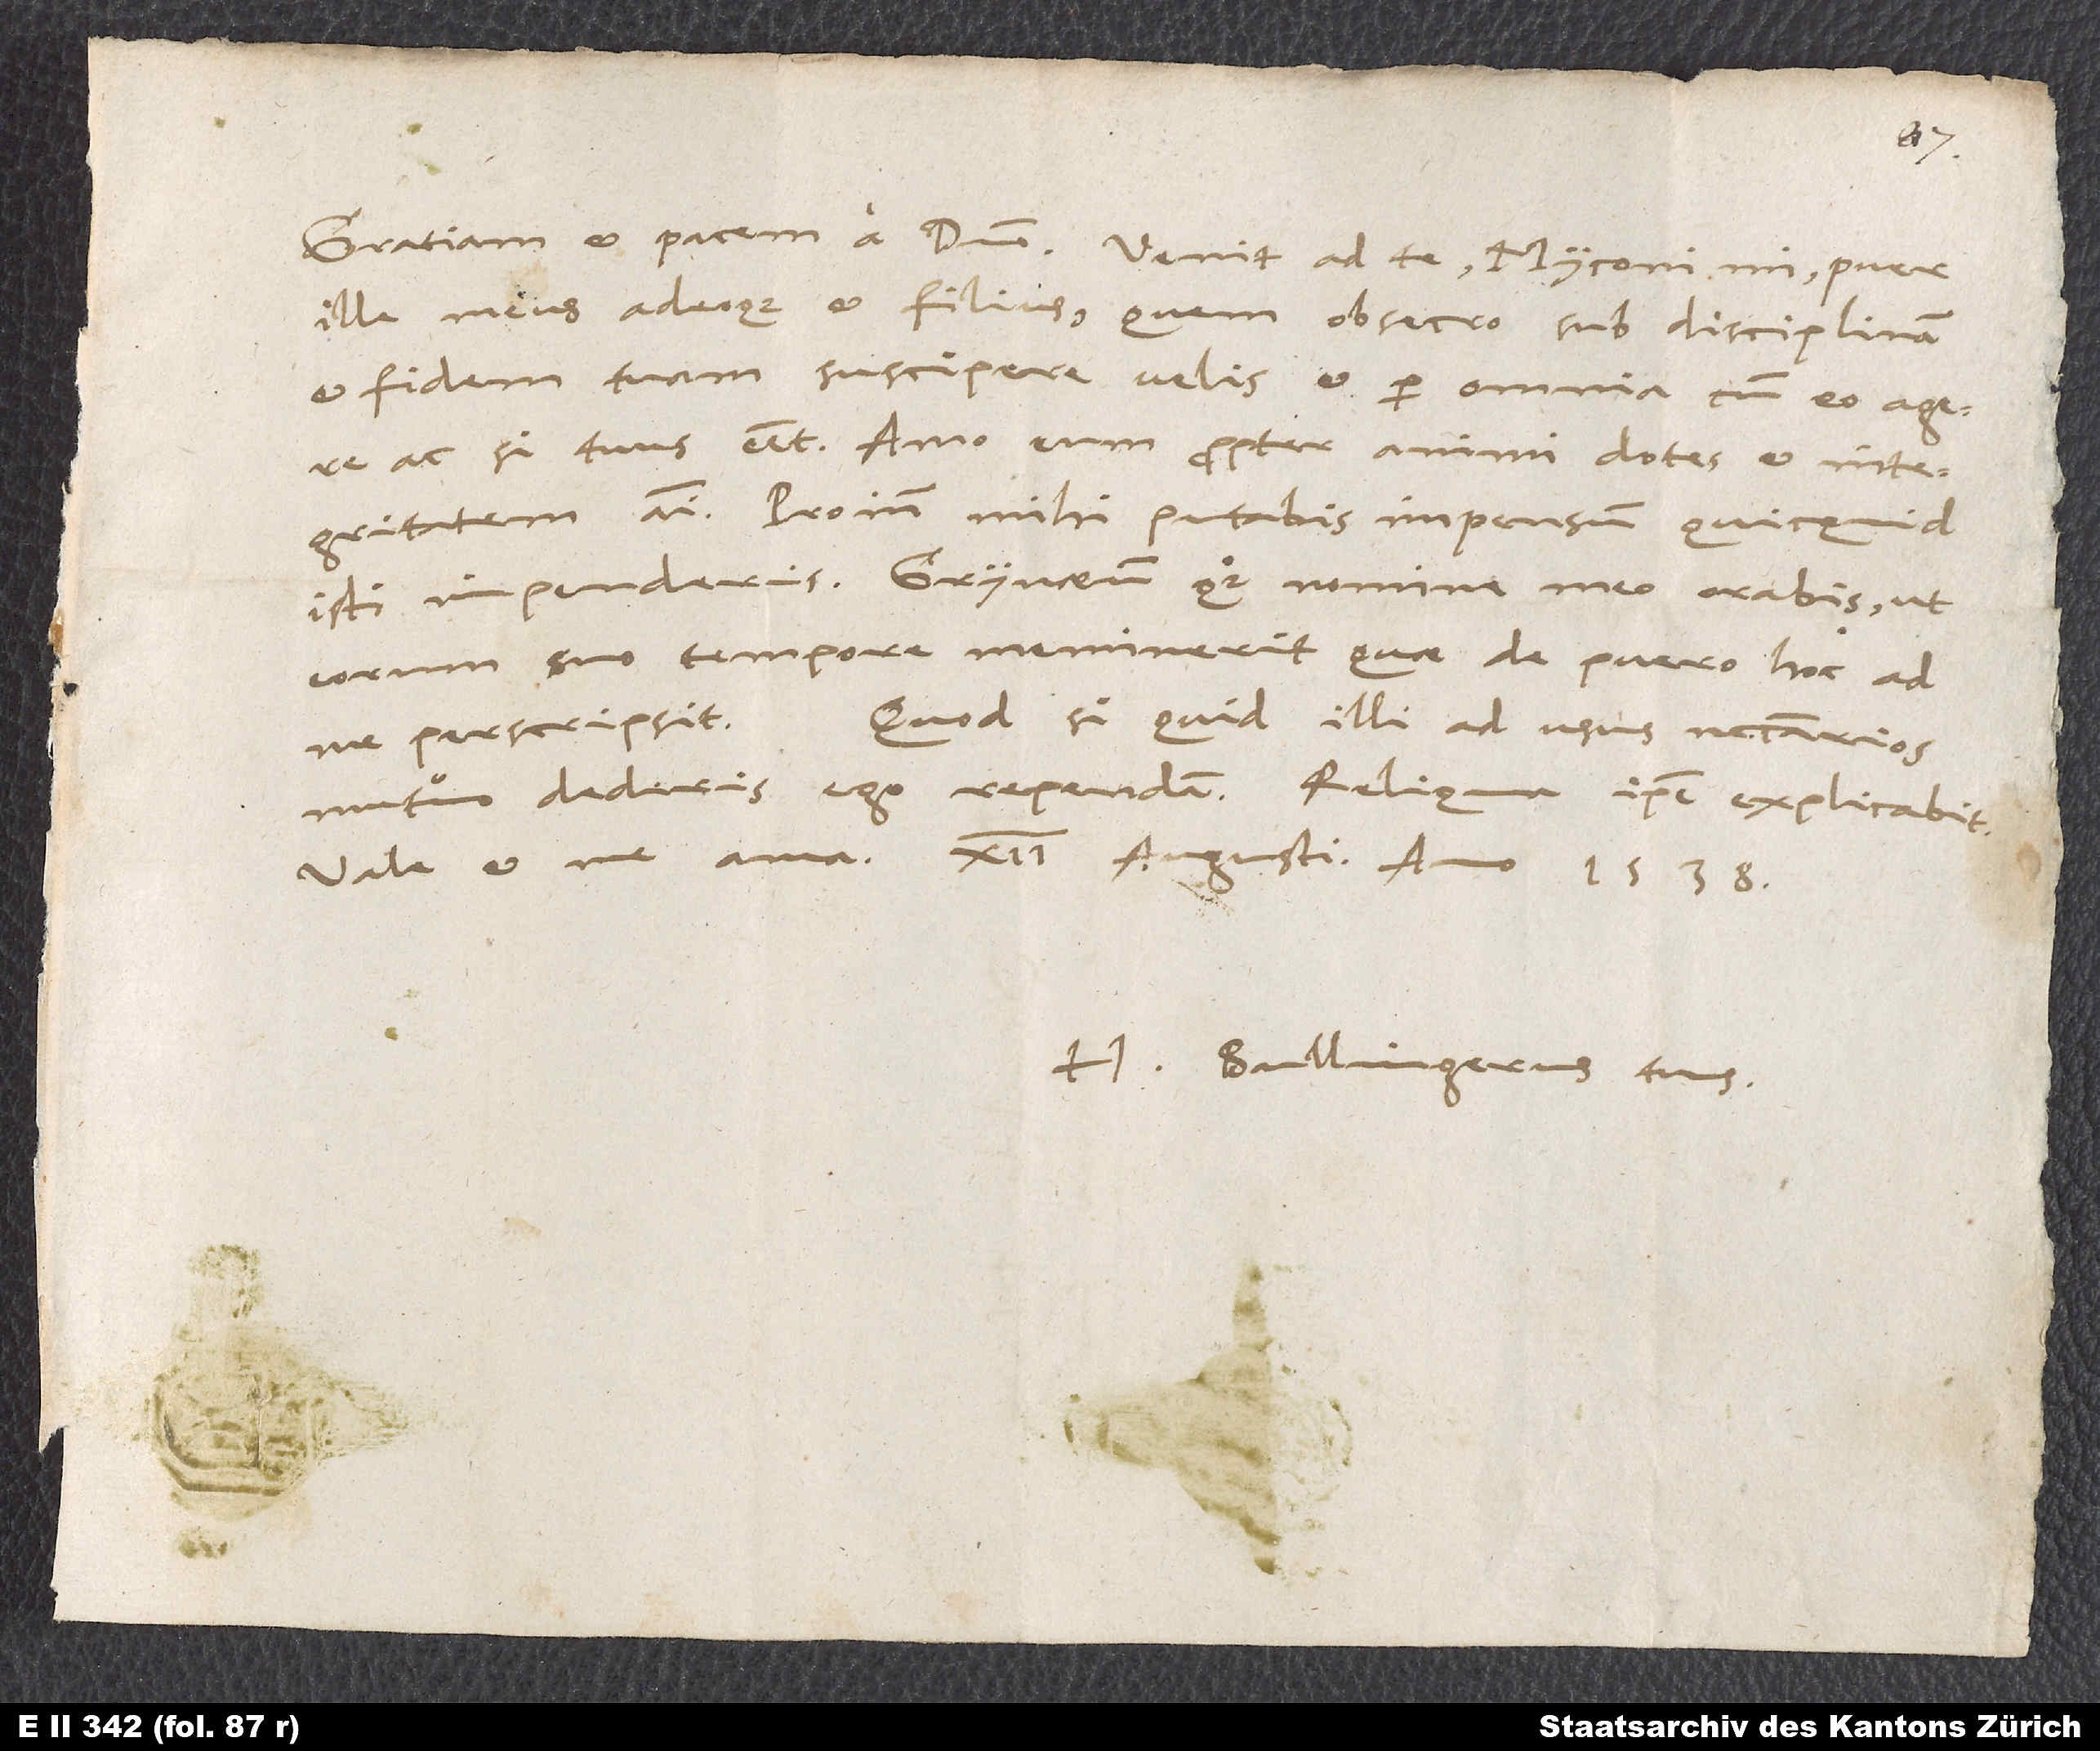
ille meus adeoque et filius, quem, obsecro, sub disciplinam
et fidem tuam suscipere velis et per omnia cum eo agere,
ac si tuus esset. Amo eum propter animi dotes et integritatem
animi. Proinde mihi putabis impensum, quicquid
isti impenderis. Grynaeum quoque nomine meo orabis, ut
eorum suo tempore meminerit, quae de puero hoc ad
me perscripsit. Quod si quid illi ad usus necessarios
mutuo dederis, ego rependam. Reliqua ipse explicabit.
Vale et me ama. 12. augusti anno 1538.
H. Bullingerus tuus.